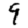
Digit: 9